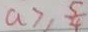
a \geq \frac { 5 } { 4 }